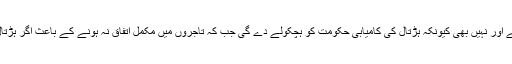
لہٰذا لائل پور کی ہڑتال جو درحقیقت بہت معنی بھی رکھتی ہے اور نہیں بھی کیونکہ ہڑتال کی کامیابی حکومت کو ہچکولے دے گی جب کہ تاجروں میں مکمل اتفاق نہ ہونے کے باعث اگر ہڑتال ناکام ہوگئی، تو گرمی حبس میں صرف پسینہ ہی بہائے گی۔